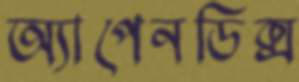
অ্যাপেনডিক্স